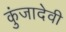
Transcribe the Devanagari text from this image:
कुंजादेवी